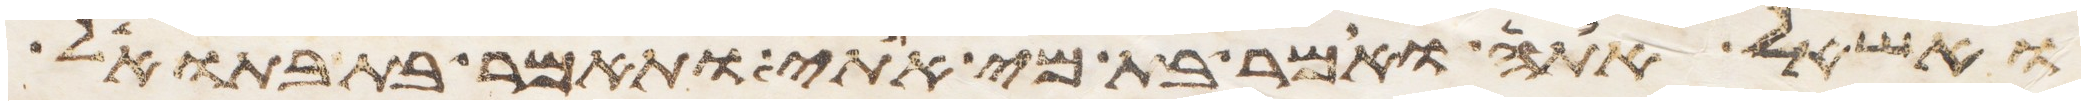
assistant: ואשאל אתה ואמר בת מי אתי ותאמר בת בתואל